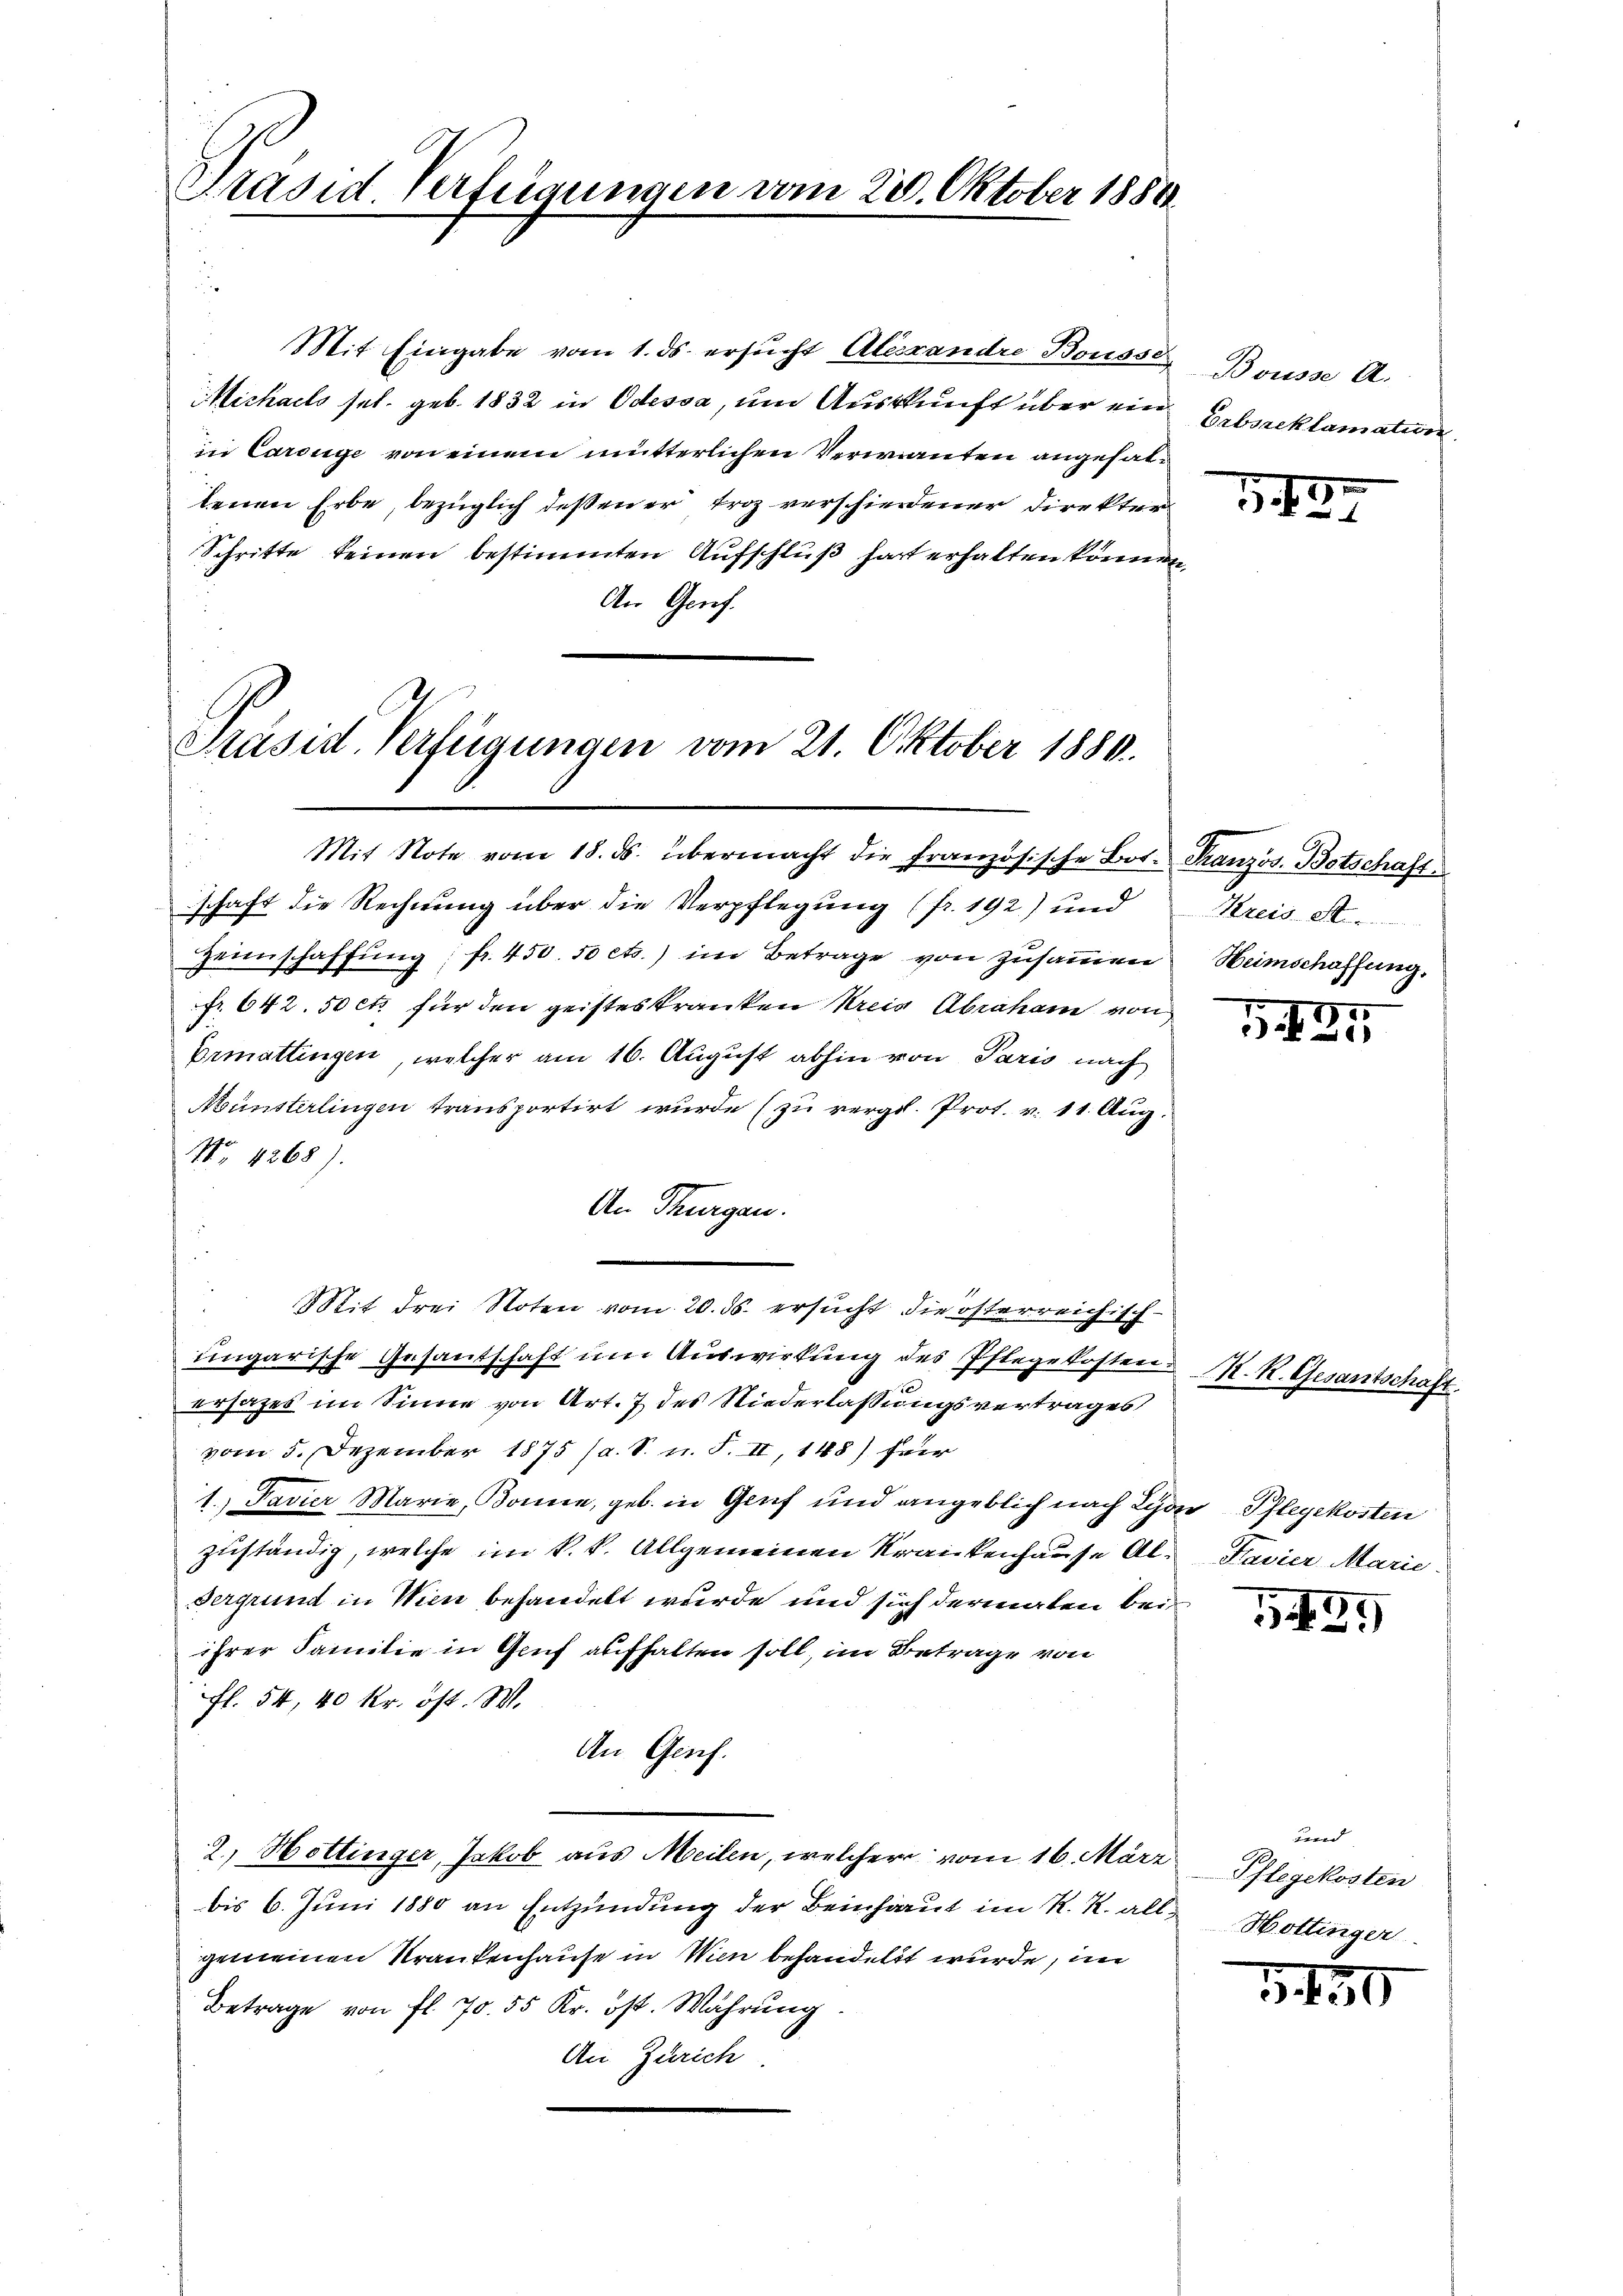
Präsid. Verfügungen vom 20. Oktober 1880

Mit Eingabe vom 1. ds. ersucht Alexandre Bousse
Michaels sel. geb. 1832 in Odessa, um Auskunft über ein
in Carouge von einem mütterlichen Verwanten angehallenen Erbe, bezüglich deßen er trotz verschiedener Direkter
Schritte keinen bestimmten Aufschluß hart erhalten können,
An Genf.

Präsid. Verfügungen vom 21. Oktober 1880.

Mit Note vom 18. ds. übermacht die französische Bot. Französ. Botschaft
schaft die Rechnung über die Verpflegung (fr. 192) und
Heimschaffŭng fr. 450. 50 cts.) im Betrage von zŭsaṁen Heimschaffung.
fr. 642. 50 cts für den geisteskranken Kreis Abraham von
Ermattingen, welcher am 16. August abhin von Paris nach
Münsterlingen transportirt wurde (zu vergl. Prot. v. 11. Aug.
No. 4268).
An Thurgau.
Mit drei Noten vom 20. ds. ersucht die österreichisch-
ungarische Gesantschaft um Auswirkung des Pflegekosten.
ersahes im Sinne von Art. 7 des Niederlaßungsvertrages
vom 5. Dezember 1875 (a. S. n. F. II, 148) herr
1. Favier Marie, Bonne, geb. in Genf und angeblich nach Lyon Pflegekosten
zuständig, welche im k. k. Allgemeinen Krankenhause Al¬
Sergrund in Wien behandelt wurde und sich dermaten bei
ihrer Familie in Genf aufhalten soll, im Betrage von
fl. 54, 40 kr. öst. W.
An Gesch.
2.) Hottinger, Jakob aus Meilen, welcher vom 16. März
bis 6. Juni 1880 an Entzündung der Beinhaut im R. R. allgemeinen Krankenhause in Wien behandelt wurde, im
Betrage von fl. 70. 55 Kr. öst. Währung
An Zürich.

Bousse A.
Erbsreklamatin

1422.

Kreis .......

5425

K. R. Gesantschaft.

542)

Kavier Marie.

Berr
Pflegekosten
Hottinger

50